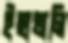
ইছাখালি